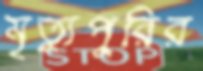
মৃত্যুপুরির